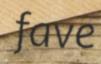
fave